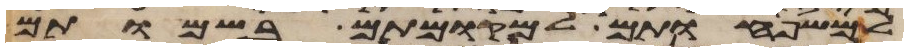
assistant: למשפחותם למקומותם בשמותם